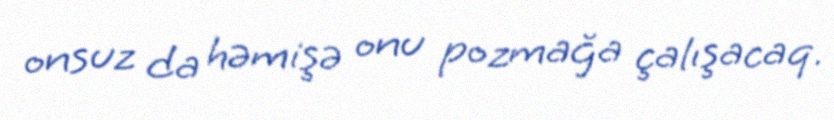
onsuz da həmişə onu pozmağa çalışacaq.